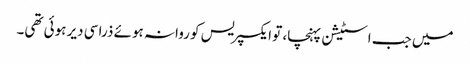
میں جب اسٹیشن پہنچا، تو ایکسپریس کو روانہ ہوئے ذرا سی دیر ہوئی تھی۔